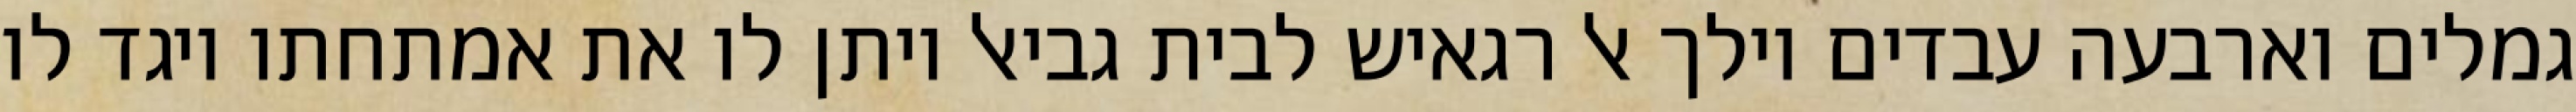
גמלים וארבעה עבדים וילך אל רגאיש לבית גביאל ויתן לו את אמתחתו ויגד לו